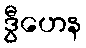
ဒွီဟေန